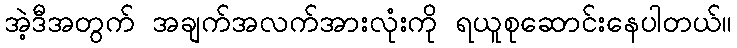
အဲ့ဒီအတွက် အချက်အလက်အားလုံးကို ရယူစုဆောင်းနေပါတယ်။